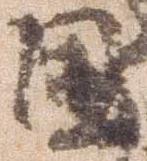
国